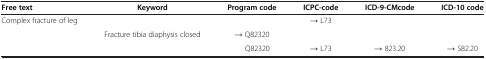
| Free text | Keyword | Program code | ICPC-code | ICD-9-CMcode | ICD-10 code |
 | --- | --- | --- | --- | --- | --- |
 | Complex fracture of leg |  |  | → L73 |  |  |
 |  | Fracture tibia diaphysis closed | → Q82320 |  |  |  |
 |  |  | Q82320 | → L73 | → 823.20 | → S82.20 |